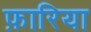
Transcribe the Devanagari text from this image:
फ़ारिया